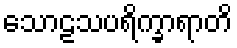
သောဠသပရိက္ခာရာတိ